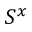
S ^ { x }